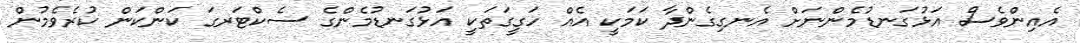
އެއިންވެސް އަޅުގަނޑުމެންނަށް އެނގިގެންދާ ކަމަކީ އެއް ހަގީގަތަކީ އަޅުގަނޑުމެންގެ ސެކްޓަރގަ ކަންކަން ކުރެވެމުން